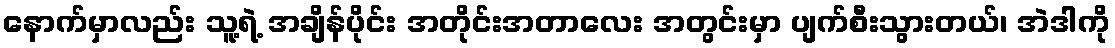
နောက်မှာလည်း သူ့ရဲ့ အချိန်ပိုင်း အတိုင်းအတာလေး အတွင်းမှာ ပျက်စီးသွားတယ်၊ အဲဒါကို